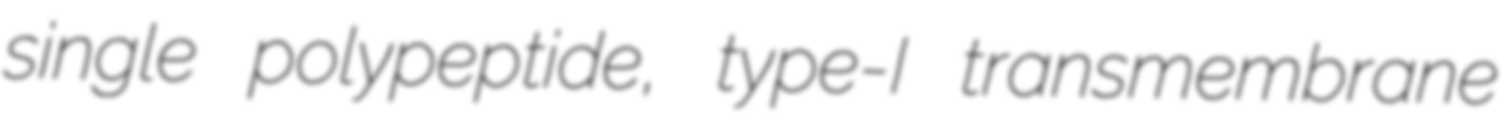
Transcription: single polypeptide, type-I transmembrane